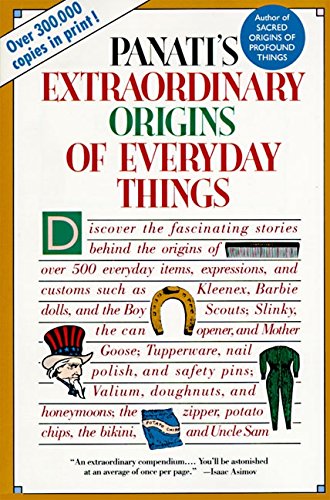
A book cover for Panati's Extraordinary Origins of Everyday Things; Charles Panati; Humor & Entertainment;